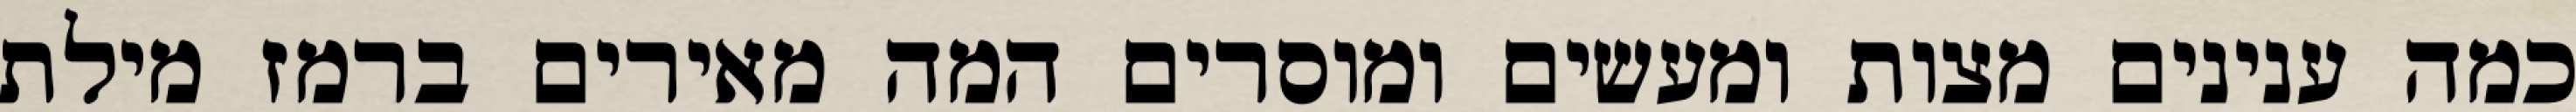
כמה ענינים מצות ומעשים ומוסרים המה מאירים ברמז מילת